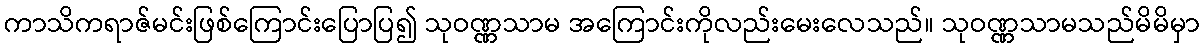
ကာသိကရာဇ်မင်းဖြစ်ကြောင်းပြောပြ၍ သုဝဏ္ဏသာမ အကြောင်းကိုလည်းမေးလေသည်။ သုဝဏ္ဏသာမသည်မိမိမှာ